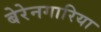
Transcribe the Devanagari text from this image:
बेरेनगारिया